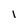
Character: 1